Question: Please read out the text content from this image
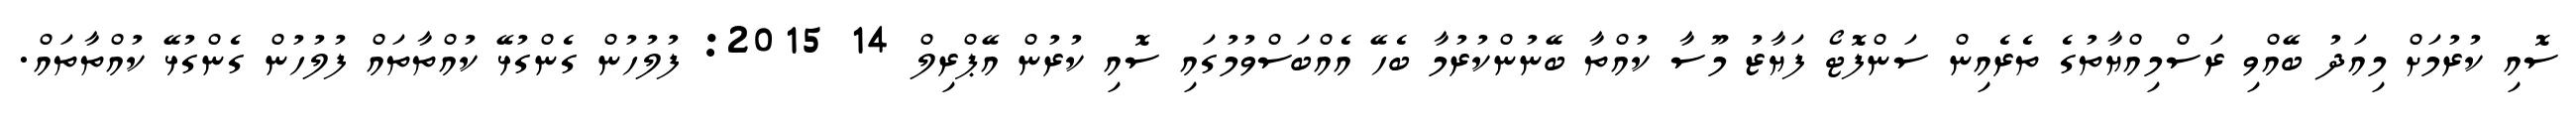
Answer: ސޮއި ކުރުމަށް މިއަދު ބޭއްވި ރަސްމިއްޔާތުގެ ތެރެއިން ސަންފޮޓޯ ފަޔާޒު މޫސާ ކުއްތާ ބޭނުންކުރުމާ ބެހޭ އެއްބަސްވުމުގައި ސޮއި ކުރުން އޭޕްރިލް 14 2015: ފުލުހުން ގެންގުޅޭ ކުއްތާތައް ފުލުހުން ގެންގުޅޭ ކުއްތާތައް.